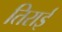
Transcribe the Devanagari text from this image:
तिराई